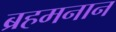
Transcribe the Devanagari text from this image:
ब्रहमनान